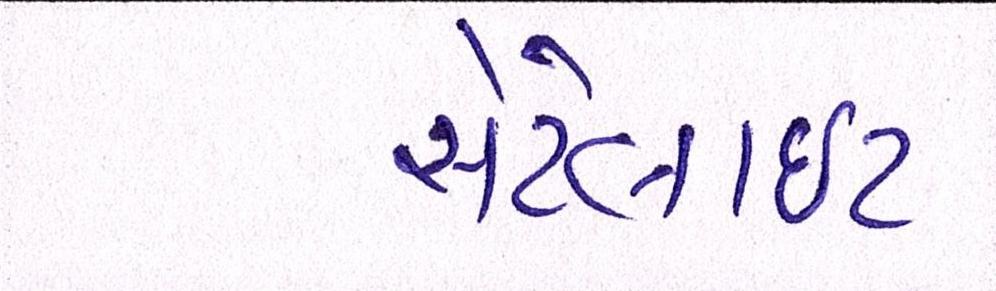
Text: સેટેલાઈટ